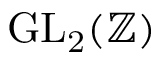
\operatorname { G L _ { 2 } } ( \mathbb { Z } )